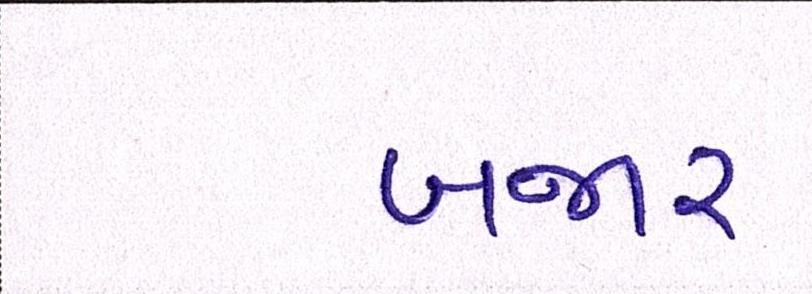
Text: બજાર